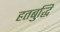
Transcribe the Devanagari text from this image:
हतबुद्धि